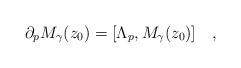
\begin{align*}\partial_p M_\gamma(z_0) = [\Lambda_p,M_\gamma(z_0)]\quad, \end{align*}